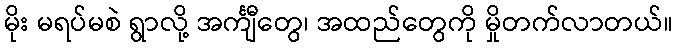
မိုး မရပ်မစဲ ရွာလို့ အင်္ကျီတွေ၊ အထည်တွေကို မှိုတက်လာတယ်။